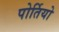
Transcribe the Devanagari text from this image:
पोर्तियो